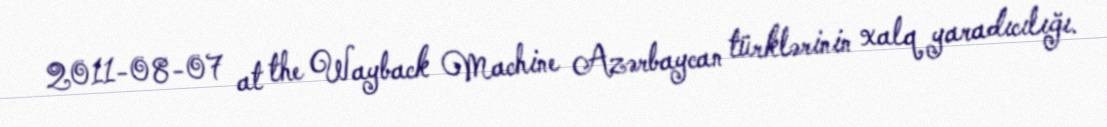
2011-08-07 at the Wayback Machine Azərbaycan türklərinin xalq yaradıcılığı.